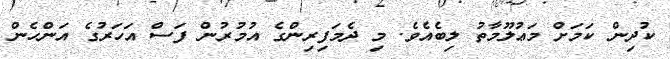
ކުދިން ކަމަށް މަޢުލޫމާތު ލިބެއެވެ. މި ދެމަފިރިންގެ އުމުރުން ފަސް އަހަރުގެ އަންހެން